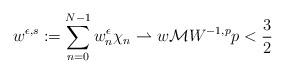
LaTeX: \begin{align*}w^{\epsilon,s}:=\sum_{n=0}^{N-1}w_n^{\epsilon}\chi_n\rightharpoonup w \mathcal{M} W^{-1,p} p<\frac{3}{2}\end{align*}